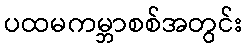
ပထမကမ္ဘာစစ်အတွင်း